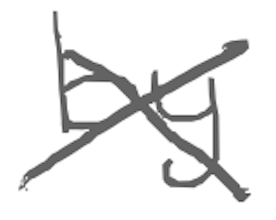
Text: by
Cross-out: cross
Writing tool: digital_gray